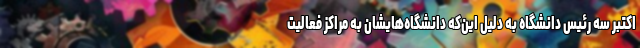
اکتبر سه رئیس دانشگاه به دلیل این‌که دانشگاه‌هایشان به مراکز فعالیت